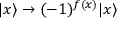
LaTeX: | x \rangle \to ( - 1 ) ^ { f ( x ) } | x \rangle